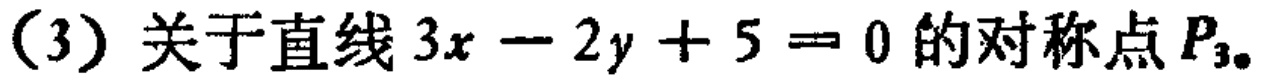
(3) 关于直线 \(3x - 2y + 5 = 0\) 的对称点 \(P_{3}\)。